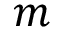
m